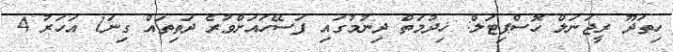
ހިތަދޫ ރީޖަނަލް ހޮސްޕިޓަލް: ޚިދުމަތް ދިނުމުގައި ފަސޭހައަށްވުރެ ދަތިތައް ގިނަ1 އަހަރު 4